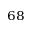
^ { 6 8 }